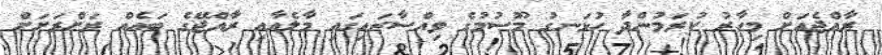
ރާއްޖެއަށް މިހާރު ކުރަމުންދާ ހުޅަނގު މޫސުމުގެ ވިއްސާރައިގައި މާލެއާއި ރާއްޖޭގެ ބައެއް ރަށްރަށަށް